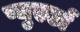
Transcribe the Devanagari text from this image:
प्युएर्टा